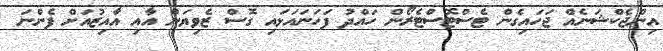
އިންޖެކްޝަނެއް ޖަހައިގެން ޓެސްޓޮސްޓެރޯން ހައްދު ފަހަނައަޅައި ގޮސް ޒެވިޔަން އާއި އާއިޒުއަށް ފެންނަ